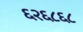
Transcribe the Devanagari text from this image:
६२६८६८